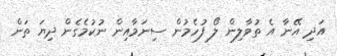
އަދި އޭނާ އެ ތުވާލިން ލޯ ފުހެމުން ސިނަމާއިން ނުކުމެގެން ދިޔަ ތަން